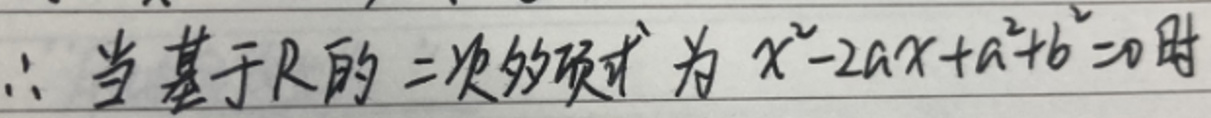
$\therefore $当基于 \mathbb{R} 的二次多项式为$ x^{2}-2ax + a^{2}+b^{2}=0 $时